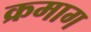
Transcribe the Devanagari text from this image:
क्रमाग